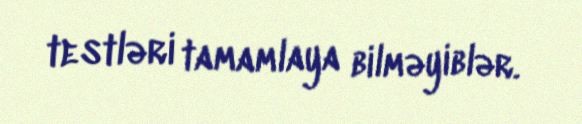
testləri tamamlaya bilməyiblər.